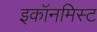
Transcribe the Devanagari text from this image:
इकॉनमिस्ट